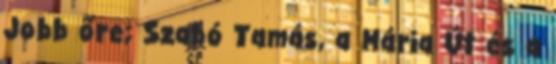
Jobb őre; Szabó Tamás, a Mária Út és a